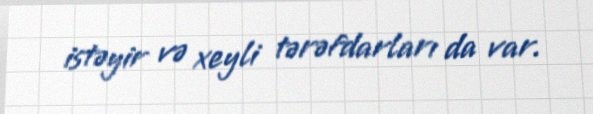
istəyir və xeyli tərəfdarları da var.